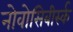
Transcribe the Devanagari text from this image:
नोवोसिबीर्स्क